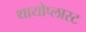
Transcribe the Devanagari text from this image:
थायोप्लास्ट